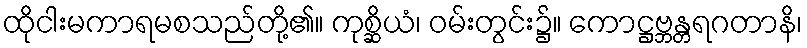
ထိုငါးမကာရမစသည်တို့၏။ ကုစ္ဆိယံ၊ ဝမ်းတွင်း၌။ ကောဋ္ဌဗ္ဘန္တရဂတာနိ၊